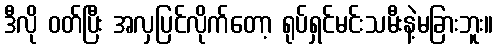
ဒီလို ဝတ်ပြီး အလှပြင်လိုက်တော့ ရုပ်ရှင်မင်းသမီးနဲ့မခြားဘူး။